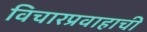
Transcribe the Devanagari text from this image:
विचारप्रवाहाची